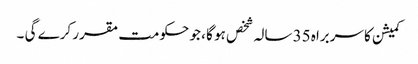
کمیشن کا سربراہ 35 سالہ شخص ہو گا ، جو حکومت مقرر کرے گی ۔